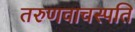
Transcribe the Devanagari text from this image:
तरुणवाचस्पति